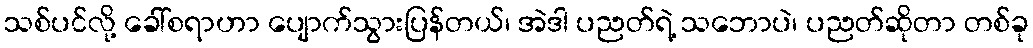
သစ်ပင်လို့ ခေါ်စရာဟာ ပျောက်သွားပြန်တယ်၊ အဲဒါ ပညတ်ရဲ့ သဘောပဲ၊ ပညတ်ဆိုတာ တစ်ခု